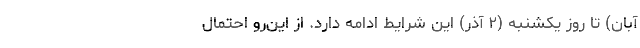
آبان) تا روز یکشنبه (۲ آذر) این شرایط ادامه دارد. از این‌رو احتمال